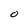
Character: O